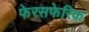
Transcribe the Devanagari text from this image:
फेरसफेरिक